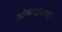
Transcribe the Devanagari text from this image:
ओळखत्रावर